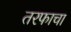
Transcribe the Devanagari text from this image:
तरफाचा